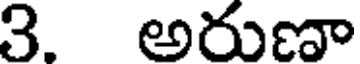
3. అరుణా